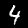
Label: 4